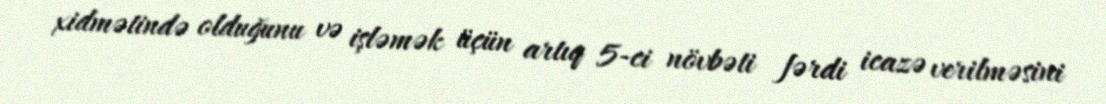
xidmətində olduğunu və işləmək üçün artıq 5-ci növbəti fərdi icazə verilməsini